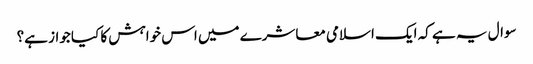
سوال یہ ہے کہ ایک اسلامی معاشرے میں اس خواہش کا کیا جواز ہے؟